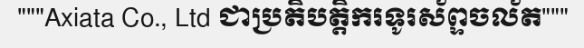
"""Axiata Co., Ltd ជាប្រតិបត្តិករទូរស័ព្ទចល័ត"""